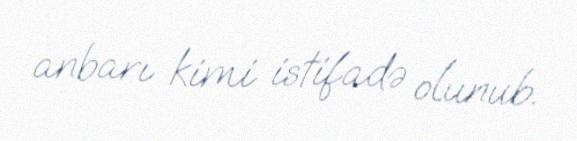
anbarı kimi istifadə olunub.